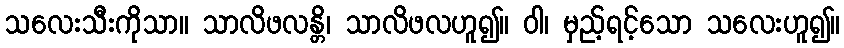
သလေးသီးကိုသာ။ သာလိဖလန္တိ၊ သာလိဖလဟူ၍။ ဝါ၊ မှည့်ရင့်သော သလေးဟူ၍။